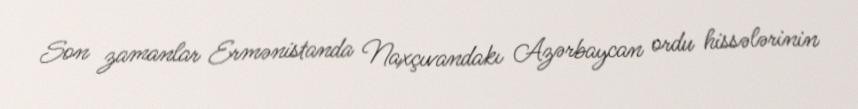
Son zamanlar Ermənistanda Naxçıvandakı Azərbaycan ordu hissələrinin